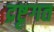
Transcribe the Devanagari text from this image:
द्रष्टृगत